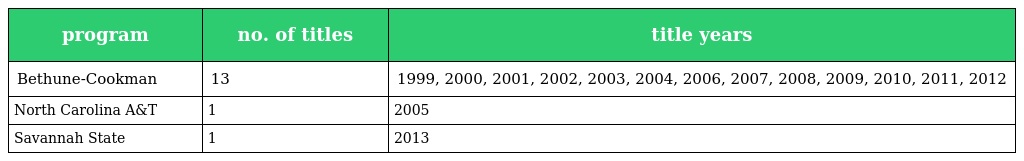
| program | no. of titles | title years |
 | --- | --- | --- |
 | Bethune-Cookman | 13 | 1999, 2000, 2001, 2002, 2003, 2004, 2006, 2007, 2008, 2009, 2010, 2011, 2012 |
 | North Carolina A&T | 1 | 2005 |
 | Savannah State | 1 | 2013 |